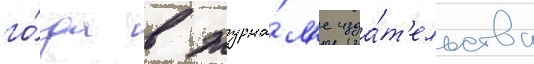
го́да в журна́л'е изда́т'ельства